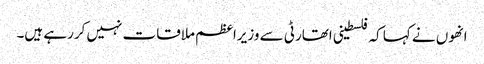
انھوں نے کہا کہ فلسطینی اتھارٹی سے وزیراعظم ملاقات نہیں کررہے ہیں۔